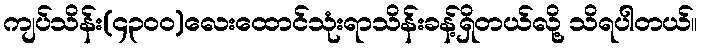
ကျပ်သိန်း(၄၃၀၀)လေးထောင်သုံးရာသိန်းခန့်ရှိတယ်လို့ သိရပါတယ်။